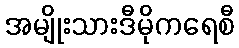
အမျိုးသားဒီမိုကရေစီ